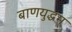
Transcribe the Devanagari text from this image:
बाणयुद्धम्